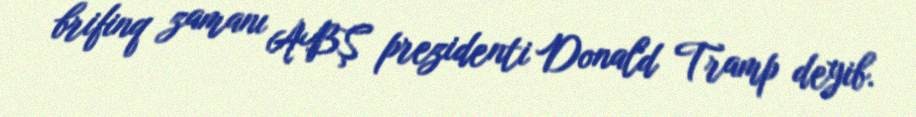
brifinq zamanı ABŞ prezidenti Donald Tramp deyib.